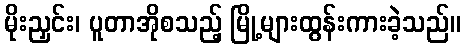
မိုးညှင်း၊ ပူတာအိုစသည့် မြို့များထွန်းကားခဲ့သည်။